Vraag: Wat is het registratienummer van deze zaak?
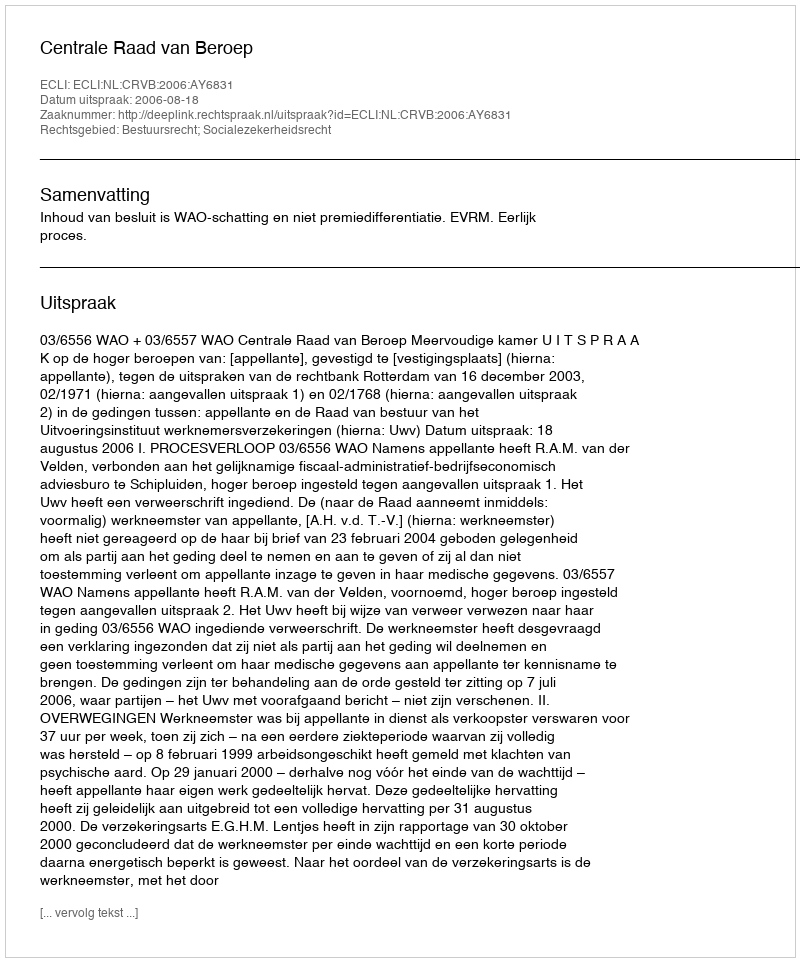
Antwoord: http://deeplink.rechtspraak.nl/uitspraak?id=ECLI:NL:CRVB:2006:AY6831